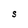
Character: S